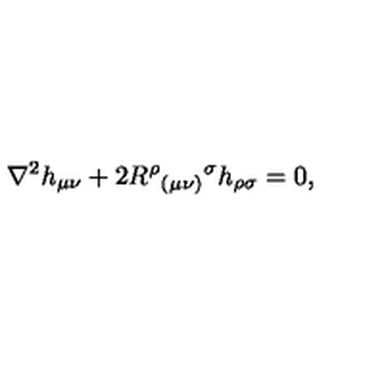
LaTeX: \nabla ^ { 2 } h _ { \mu \nu } + 2 R ^ { \rho } { } _ { ( \mu \nu ) } { } ^ { \sigma } h _ { \rho \sigma } = 0 ,